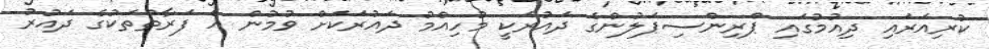
ކުރިއަރައި ދިއުމުގައި ޕްރިންސިޕަލުންގެ ދައުރަކީ މުހިއްމު ދައުރަކަށް ވުމުން އެ ފަރާތްތަކުގެ ދައުރު